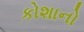
કોશાનો